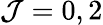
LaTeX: \mathcal{J}=0,2